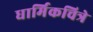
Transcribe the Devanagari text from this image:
धार्मिकचित्रे